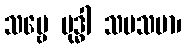
သဗ္ဗေ ဗုဒ္ဓါ သမသမာ၊